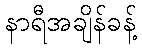
နာရီအချိန်ခန့်